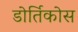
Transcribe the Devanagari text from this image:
डोर्तिकोस